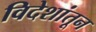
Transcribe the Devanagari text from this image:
विदेशांतून